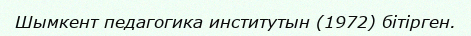
Шымкент педагогика институтын (1972) бітірген.